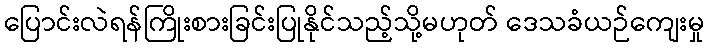
ပြောင်းလဲရန်ကြိုးစားခြင်းပြုနိုင်သည့်သို့မဟုတ် ဒေသခံယဉ်ကျေးမှု